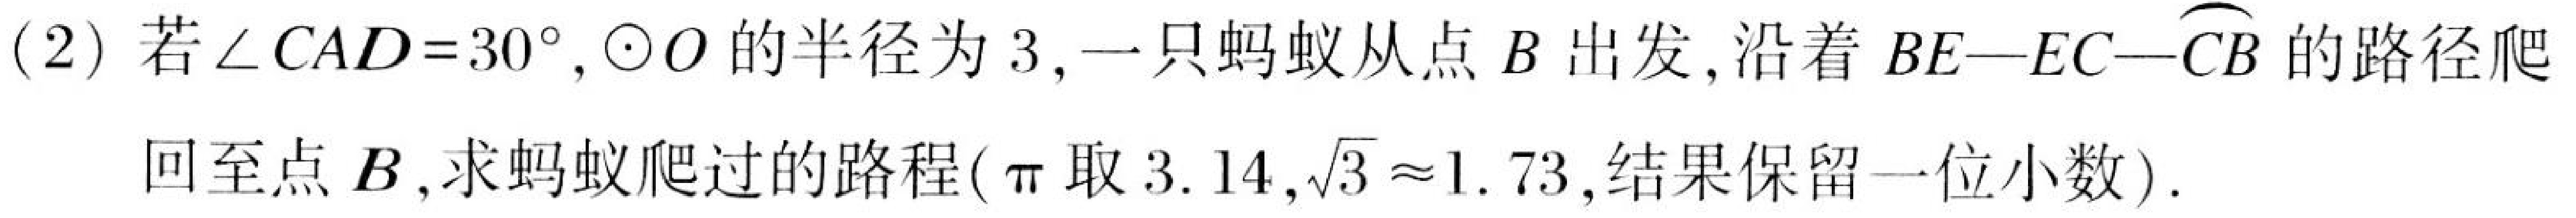
(2) 若\(\angle CAD = 30^{\circ}\)，\(\odot O\)的半径为\(3\)，一只蚂蚁从点\(B\)出发，沿着\(BE - EC-\overset{\frown}{CB}\)的路径爬回至点\(B\)，求蚂蚁爬过的路程(\(\pi\)取\(3.14\)，\(\sqrt{3}\approx1.73\)，结果保留一位小数).